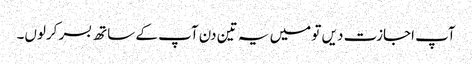
آپ اجازت دیں تو میں یہ تین دن آپ کے ساتھ بسر کرلوں۔